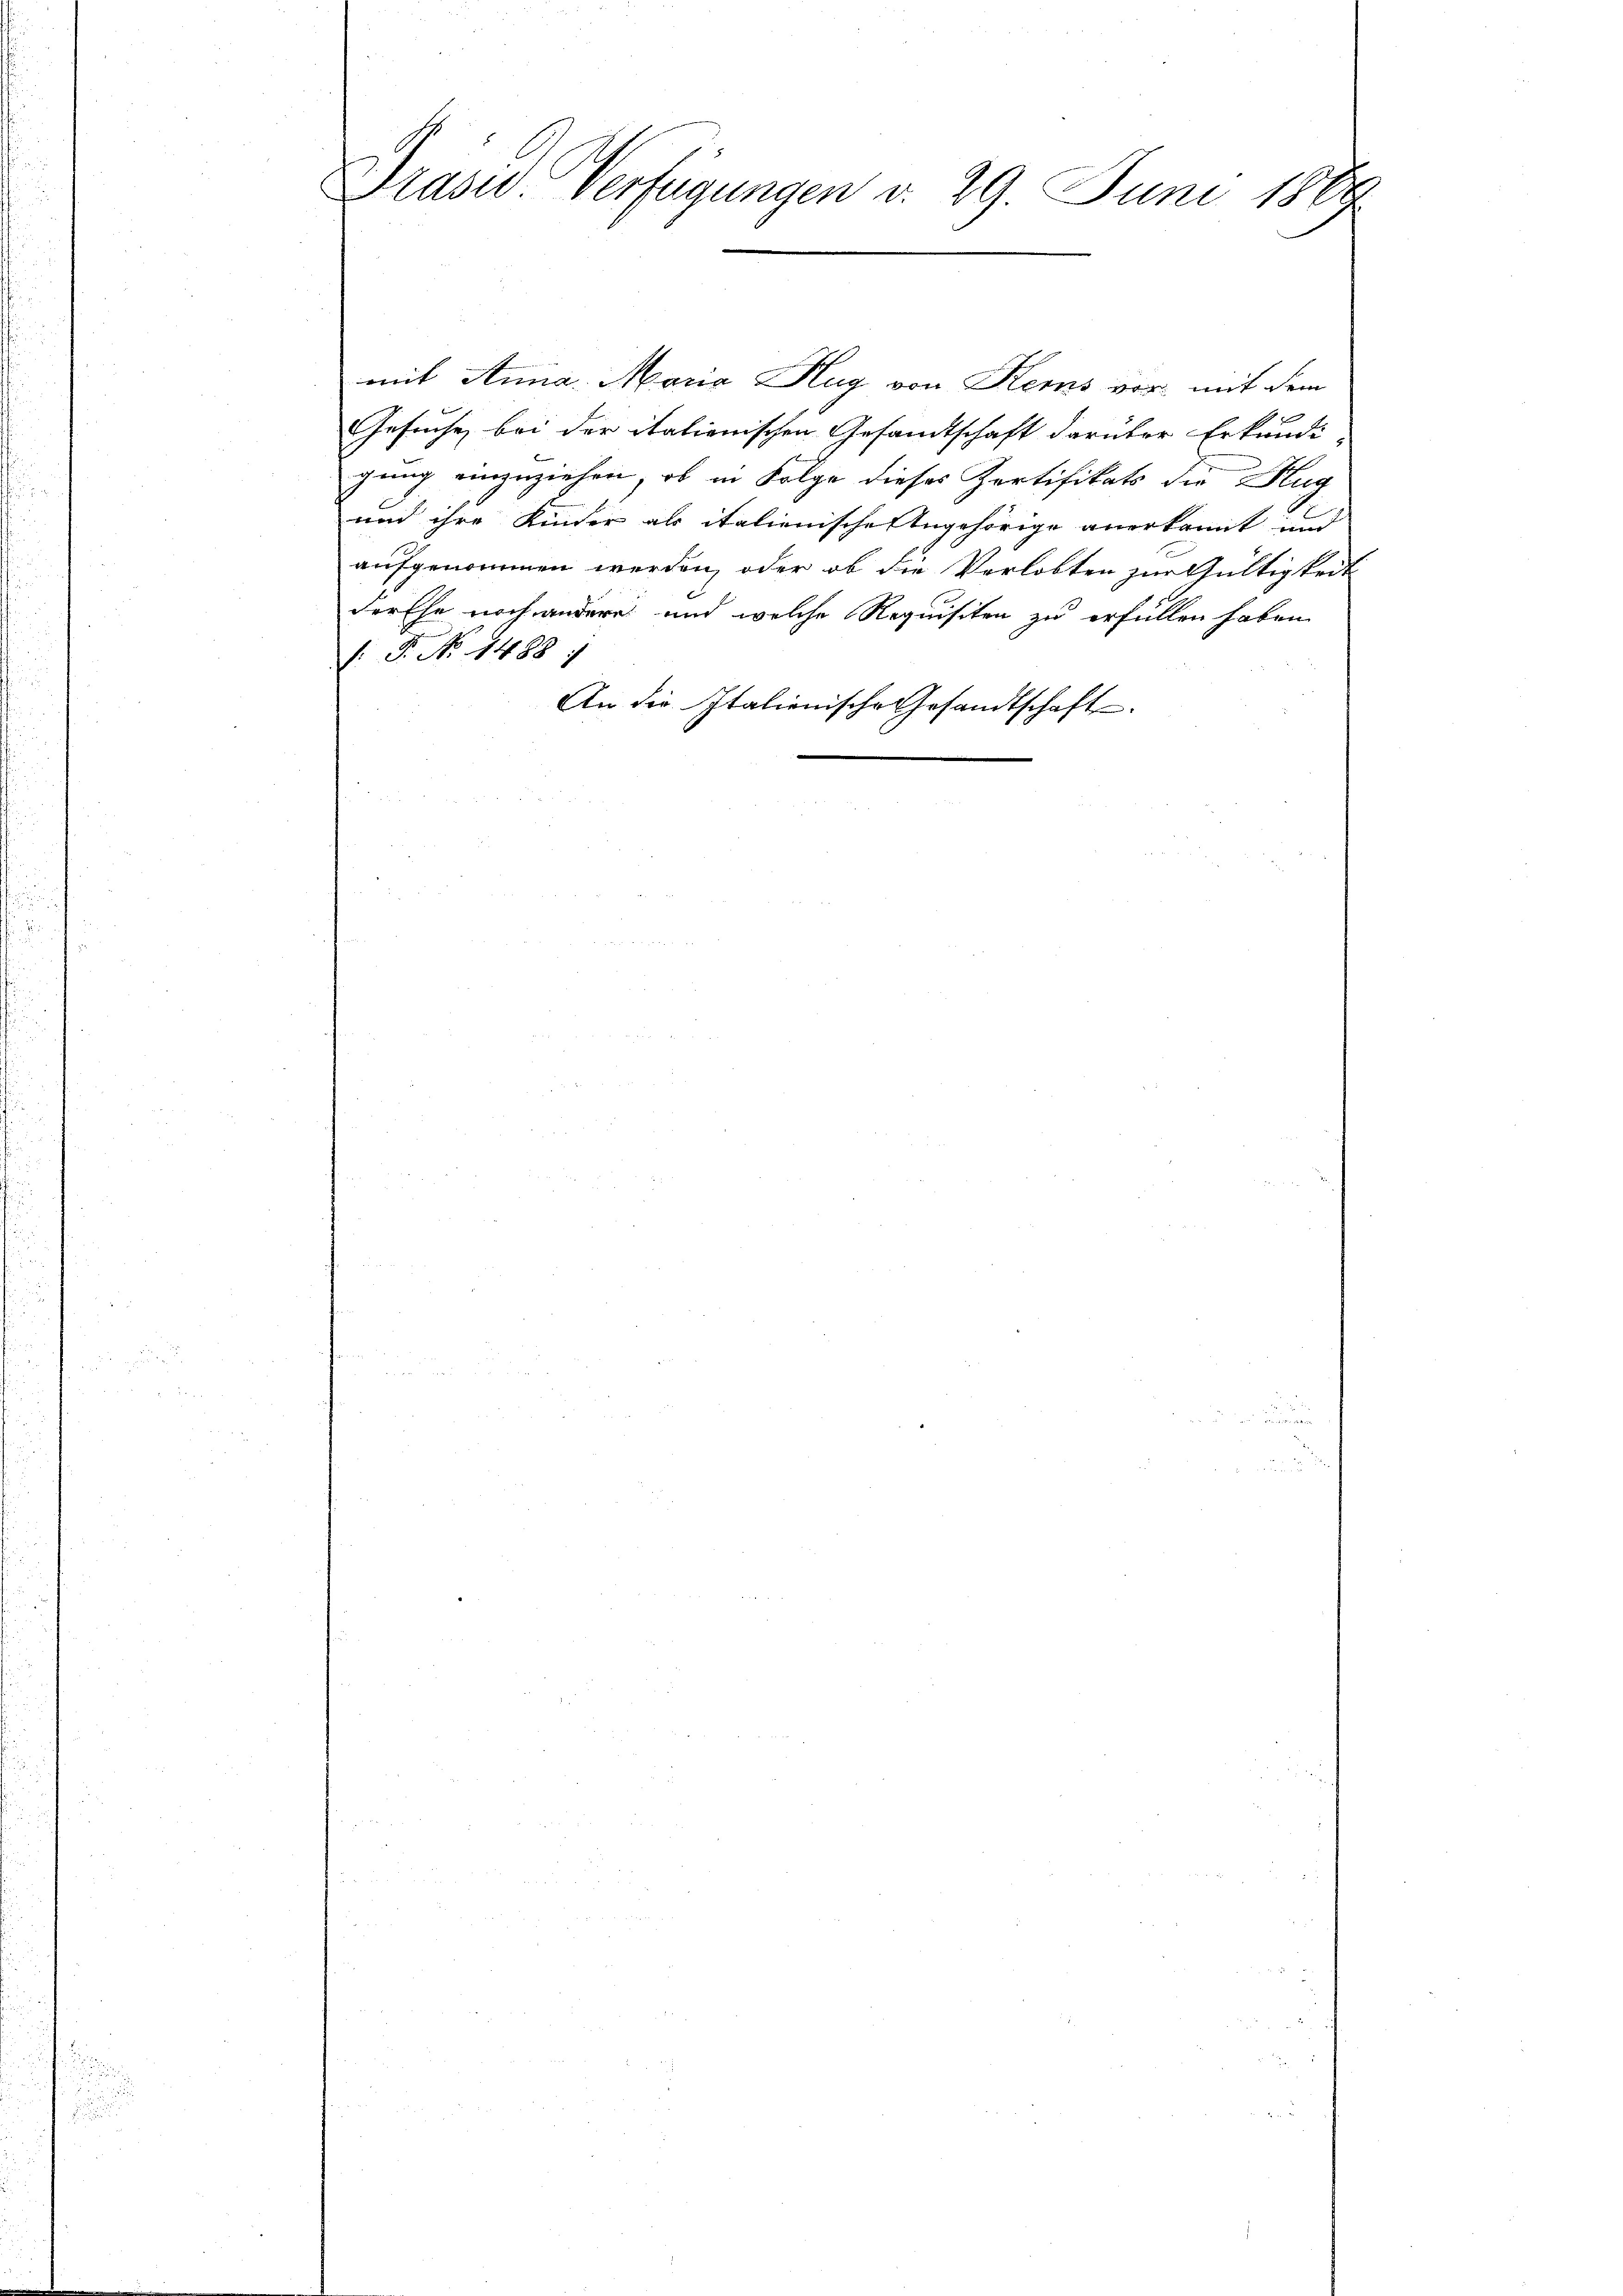
Prase Verfügungen d. 29. Juni 1889

mit Anna Maria Hug von Kems vor mit dem
Gesuche bei der italienischen Gesandtschaft darüber Erkundi-
gung einzuziehen, ob in Folge dieses Zertifikats die Hug
nnd ihre Kinder als italienische Angehörige anerkannt und
aufgenommen werden, oder ob die Verlobten zur Gültigkeit
derEhe noch andere und welche Requisiten zu erfüllen haben
(: P. No. 1488)
An die Italienische Gesandtschaft